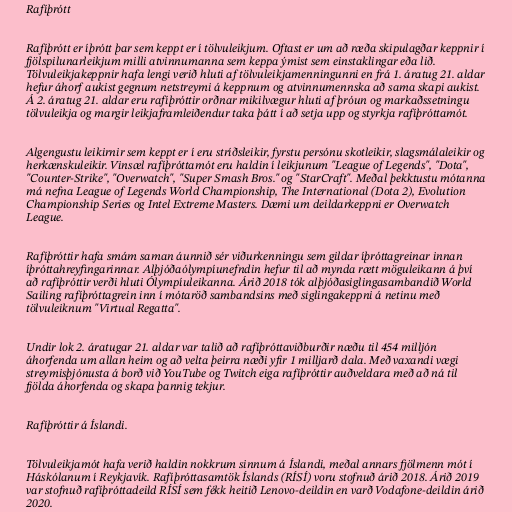
Rafíþrótt

Rafíþrótt er íþrótt þar sem keppt er í tölvuleikjum. Oftast er um að ræða skipulagðar keppnir í
fjölspilunarleikjum milli atvinnumanna sem keppa ýmist sem einstaklingar eða lið.
Tölvuleikjakeppnir hafa lengi verið hluti af tölvuleikjamenningunni en frá 1. áratug 21. aldar
hefur áhorf aukist gegnum netstreymi á keppnum og atvinnumennska að sama skapi aukist.
Á 2. áratug 21. aldar eru rafíþróttir orðnar mikilvægur hluti af þróun og markaðssetningu
tölvuleikja og margir leikjaframleiðendur taka þátt í að setja upp og styrkja rafíþróttamót.

Algengustu leikirnir sem keppt er í eru stríðsleikir, fyrstu persónu skotleikir, slagsmálaleikir og
herkænskuleikir. Vinsæl rafíþróttamót eru haldin í leikjunum "League of Legends", "Dota",
"Counter-Strike", "Overwatch", "Super Smash Bros." og "StarCraft". Meðal þekktustu mótanna
má nefna League of Legends World Championship, The International (Dota 2), Evolution
Championship Series og Intel Extreme Masters. Dæmi um deildarkeppni er Overwatch
League.

Rafíþróttir hafa smám saman áunnið sér viðurkenningu sem gildar íþróttagreinar innan
íþróttahreyfingarinnar. Alþjóðaólympíunefndin hefur til að mynda rætt möguleikann á því
að rafíþróttir verði hluti Ólympíuleikanna. Árið 2018 tók alþjóðasiglingasambandið World
Sailing rafíþróttagrein inn í mótaröð sambandsins með siglingakeppni á netinu með
tölvuleiknum "Virtual Regatta".

Undir lok 2. áratugar 21. aldar var talið að rafíþróttaviðburðir næðu til 454 milljón
áhorfenda um allan heim og að velta þeirra næði yfir 1 milljarð dala. Með vaxandi vægi
streymisþjónusta á borð við YouTube og Twitch eiga rafíþróttir auðveldara með að ná til
fjölda áhorfenda og skapa þannig tekjur.

Rafíþróttir á Íslandi.

Tölvuleikjamót hafa verið haldin nokkrum sinnum á Íslandi, meðal annars fjölmenn mót í
Háskólanum í Reykjavík. Rafíþróttasamtök Íslands (RÍSÍ) voru stofnuð árið 2018. Árið 2019
var stofnuð rafíþróttadeild RÍSÍ sem fékk heitið Lenovo-deildin en varð Vodafone-deildin árið
2020.